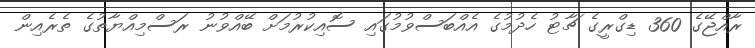
ރާއްޖޭގެ 360 ޑިގްރީގެ ޗާޓު ހެދުމުގެ އެއްބަސްވުމުގައި ސޮއިކުރުމަށް ބޭއްވުނު ރަސްމިއްޔާތުގެ ތެރެއިން